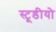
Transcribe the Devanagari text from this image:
स्टूडीयो